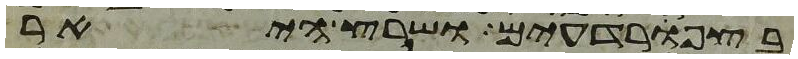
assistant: בצפרדעים ושרץ היאר